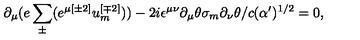
\partial _ { \mu } ( e \sum _ { \pm } ^ { } ( e ^ { \mu { [ \pm 2 ] } } u _ { { m } } ^ { { [ \mp 2 ] } } ) ) - 2 i \epsilon ^ { \mu \nu } \partial _ { \mu } \theta \sigma _ { { m } } \partial _ { \nu } \theta / c ( \alpha ^ { \prime } ) ^ { { 1 / 2 } } = 0 ,